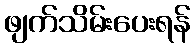
ဖျက်သိမ်းပေးရန်